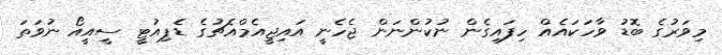
މިވަރުގެ ބޮޑު ވާހަކައެއް ހިފައިގެން ނުކުންނަން ޖެހެނީ އައިޖީއެމްއެޗުގެ ޑެޕިއުޓީ ސީއީއޯ ނުވަތަ